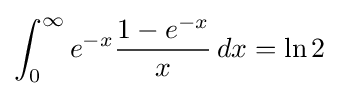
\int _{0}^{\infty }e^{-x}{\frac {1-e^{-x}}{x}}\,dx=\ln 2